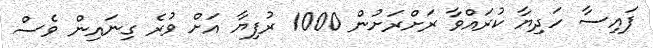
ފައިސާ ހަދިޔާ ކުރައްވާ ރަށްރަށުން 1000 ރުފިޔާ އަށް ވުރެ ގިނައިން ވެސް